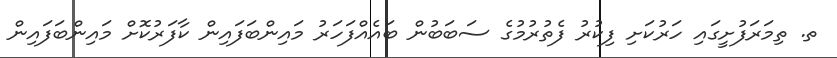
ތ. ތިމަރަފުށީގައި ހަރުކަށި ފިކުރު ފެތުރުމުގެ ސަބަބުން ބައެއްފަހަރު މައިންބަފައިން ކާފަރުކޮށް މައިންބަފައިން